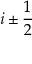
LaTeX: i \pm { \frac { 1 } { 2 } }